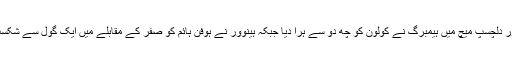
ایک اور دلچسپ میچ میں ہیمبرگ نے کولون کو چھ دو سے ہرا دیا جبکہ ہینوور نے ہوفن ہائم کو صفر کے مقابلے میں ایک گول سے شکست دی۔